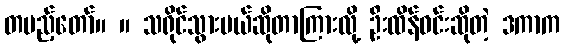
တပည့်တော်။ ။ သရိုင်သွားမယ်ဆိုတာကြားလို့ ဦးထိန်ဝင်းဆိုတဲ့ ဒကာက